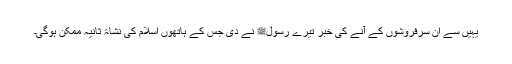
یہیں سے اُن سرفروشوں کے آنے کی خبر تیرے رسولﷺ نے دی جس کے ہاتھوں اسلام کی نشاۃ ثانیہ ممکن ہوگی۔